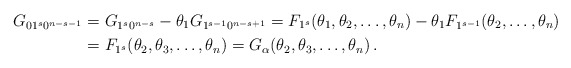
\begin{align*}G_{01^s0^{n-s-1}}&= G_{1^s0^{n-s}} - \theta_1 G_{1^{s-1}0^{n-s+1}} =F_{1^s}(\theta_1,\theta_2 ,\ldots,\theta_n) - \theta_1 F_{1^{s-1}}(\theta_2 ,\ldots,\theta_n) \\ &= F_{1^s}(\theta_2,\theta_3 ,\ldots,\theta_n)= G_{\alpha}(\theta_2,\theta_3 ,\ldots,\theta_n)\,.\end{align*}